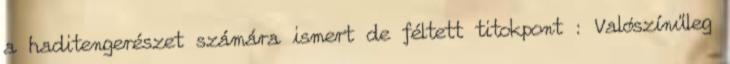
a haditengerészet számára ismert de féltett titokpont : Valószínűleg